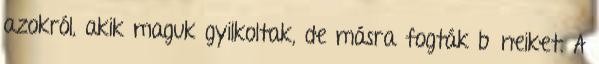
azokról, akik maguk gyilkoltak, de másra fogták bűneiket. A